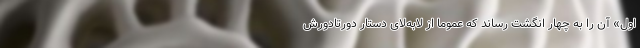
اول» آن را به چهار انگشت رساند که عموما از لابه‌لای دستار دورتادورش